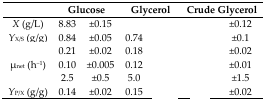
<table><thead><tr><td>[EMPTY_CELL]</td><td colspan="2"><b>Glucose</b></td><td colspan="2"><b>Glycerol</b></td><td colspan="2"><b>Crude Glycerol</b></td></tr></thead><tbody><tr><td><i>X</i> (g/L)</td><td>8.83</td><td>±0.15</td><td>[EMPTY_CELL]</td><td>[EMPTY_CELL]</td><td>[EMPTY_CELL]</td><td>±0.12</td></tr><tr><td><i>Y</i><sub>X/S</sub> (g/g)</td><td>0.84</td><td>±0.05</td><td>0.74</td><td>[EMPTY_CELL]</td><td>[EMPTY_CELL]</td><td>±0.1</td></tr><tr><td>[EMPTY_CELL]</td><td>0.21</td><td>±0.02</td><td>0.18</td><td>[EMPTY_CELL]</td><td>[EMPTY_CELL]</td><td>±0.02</td></tr><tr><td>μ<sub>net</sub> (h<sup>−1</sup>)</td><td>0.10</td><td>±0.005</td><td>0.12</td><td>[EMPTY_CELL]</td><td>[EMPTY_CELL]</td><td>±0.01</td></tr><tr><td>[EMPTY_CELL]</td><td>2.5</td><td>±0.5</td><td>5.0</td><td>[EMPTY_CELL]</td><td>[EMPTY_CELL]</td><td>±1.5</td></tr><tr><td><i>Y</i><sub>P/X</sub> (g/g)</td><td>0.14</td><td>±0.02</td><td>0.15</td><td>[EMPTY_CELL]</td><td>[EMPTY_CELL]</td><td>±0.02</td></tr></tbody></table>